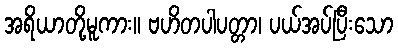
အရိယာတို့မူကား။ ဗဟိတပါပတ္တာ၊ ပယ်အပ်ပြီးသော